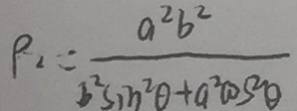
\rho _ { 2 } = \frac { a ^ { 2 } b ^ { 2 } } { b ^ { 2 } \sin ^ { 2 } \theta + a ^ { 2 } \cos ^ { 2 } \theta }